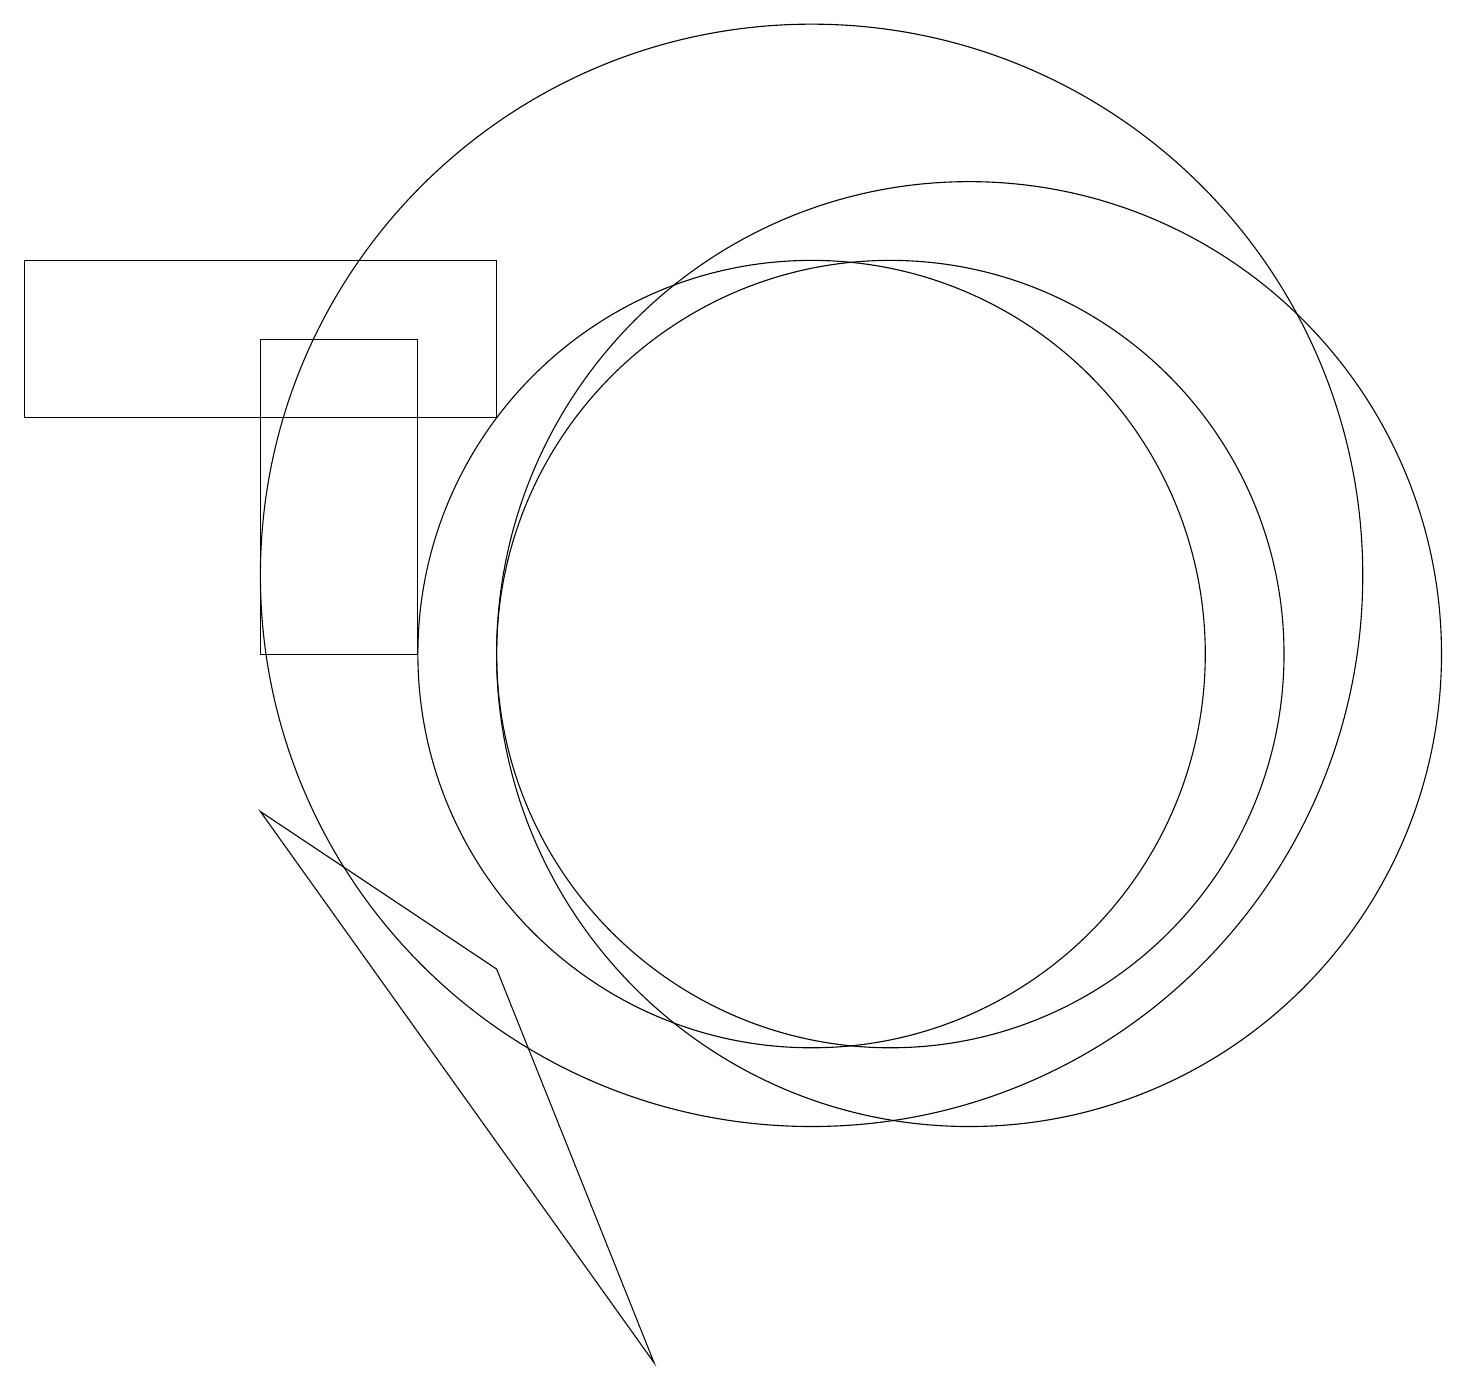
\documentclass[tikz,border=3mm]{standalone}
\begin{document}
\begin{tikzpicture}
\draw (3,14) rectangle (5,10);
\draw (10,10) circle (5);
\draw (10,11) circle (7);
\draw (12,10) circle (6);
\draw (6,6) -- (8,1) -- (3,8) -- cycle;
\draw (6,15) rectangle (0,13);
\draw (11,10) circle (5);
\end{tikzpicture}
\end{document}